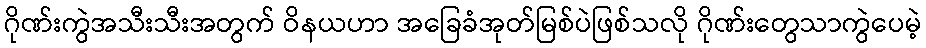
ဂိုဏ်းကွဲအသီးသီးအတွက် ဝိနယဟာ အခြေခံအုတ်မြစ်ပဲဖြစ်သလို ဂိုဏ်းတွေသာကွဲပေမဲ့